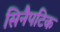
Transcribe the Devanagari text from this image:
सिनैपटिक